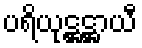
ပရိယုဋ္ဌဋ္ဌာယီ